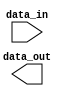
module parameterized_module #(
   parameter WIDTH = 8,
   parameter DEPTH = 16
)(input [WIDTH-1:0] data_in,
   output [WIDTH-1:0] data_out);

   // Internal logic based on parameters
   wire [WIDTH-1:0] internal_data;
   // ...

   // Parameterized inputs and outputs
   assign data_out = internal_data;
   // ...

endmodule